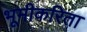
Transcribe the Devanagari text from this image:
भूमीकरिता